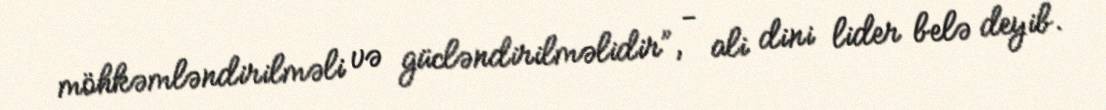
möhkəmləndirilməli və gücləndirilməlidir”, - ali dini lider belə deyib.